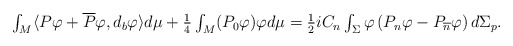
\begin{align*}\begin{array}{c}\int_{M}\langle P\varphi +\overline{P}\varphi ,d_{b}\varphi \rangle d\mu +\frac{1}{4}\int_{M}(P_{0}\varphi )\varphi d\mu =\frac{1}{2}iC_{n}\int_{\Sigma }\varphi \left( P_{n}\varphi -P_{\overline{n}}\varphi\right) d\Sigma _{p}.\end{array}\end{align*}